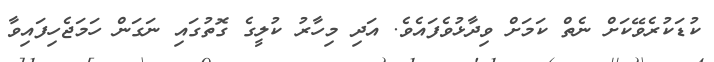
ކުޑަކުރެވޭކަށް ނެތް ކަމަށް ވިދާޅުވެފައެވެ. އަދި މިހާރު ކުލީގެ ގޮތުގައި ނަގަން ހަމަޖެހިފައިވާ